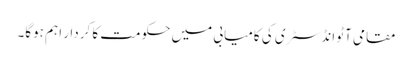
مقامی آٹو انڈسٹری کی کامیابی میں حکومت کا کردار اہم ہوگا۔